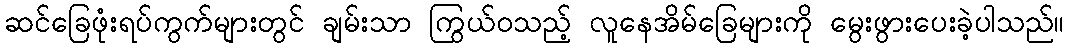
ဆင်ခြေဖုံးရပ်ကွက်များတွင် ချမ်းသာ ကြွယ်ဝသည့် လူနေအိမ်ခြေများကို မွေးဖွားပေးခဲ့ပါသည်။